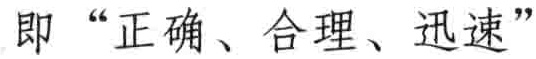
即 “正确、合理、迅速”